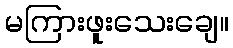
မကြားဖူးသေးချေ။